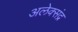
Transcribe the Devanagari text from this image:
अलेक्संद्र